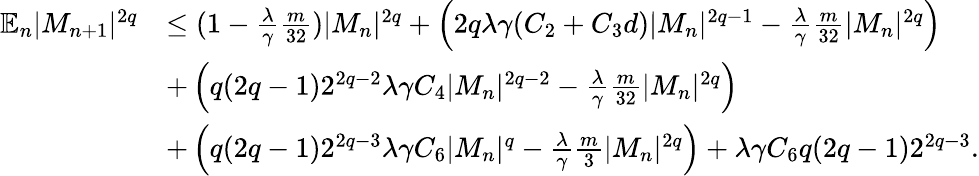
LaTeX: \begin{array}{rl}{\mathbb{E}_{n}|M_{n+1}|^{2q}}&{\leq(1-\frac\lambda\gamma\frac{m}{32})|M_{n}|^{2q}+\left(2q\lambda\gamma(C_{2}+C_{3}d)|M_{n}|^{2q-1}-\frac\lambda\gamma\frac{m}{32}|M_{n}|^{2q}\right)}\\ &{+\left(q(2q-1)2^{2q-2}\lambda\gamma C_{4}|M_{n}|^{2q-2}-\frac\lambda\gamma\frac{m}{32}|M_{n}|^{2q}\right)}\\ &{+\left(q(2q-1)2^{2q-3}\lambda\gamma C_{6}|M_{n}|^{q}-\frac{\lambda}{\gamma}\frac{m}{3}|M_{n}|^{2q}\right)+\lambda\gamma C_{6}q(2q-1)2^{2q-3}.}\end{array}